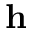
\mathbf { h }